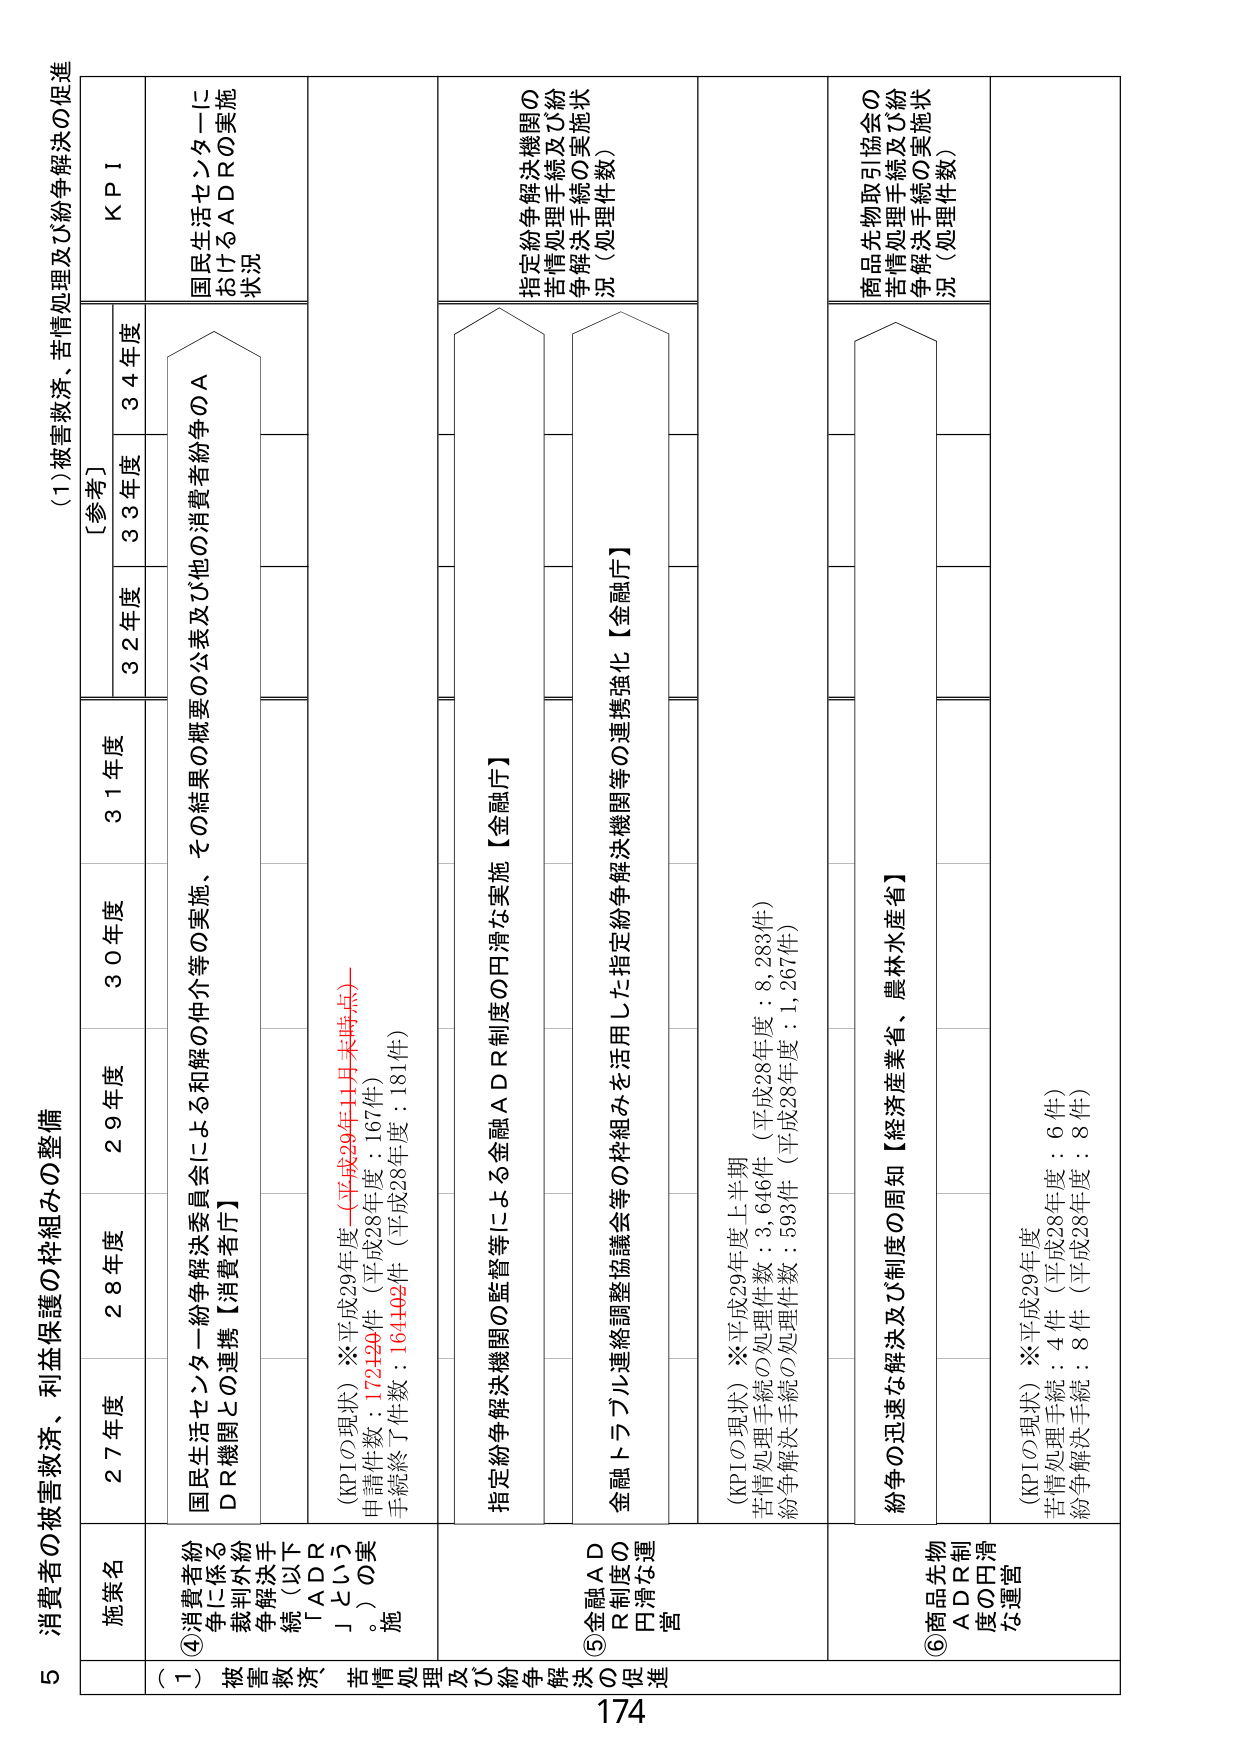
5 消費者の被害救済、利益保護の枠組みの整備

(1) 被害救済、苦情処理及び紛争解決の促進

施策名
27年度
28年度
29年度
30年度
31年度
[参考]
32年度
33年度
34年度
KPI

(一) 被害救済、苦情処理及び紛争解決の促進

④消費者紛争に係る裁判外紛争解決手続（以下「ADR」という。）の実施
国民生活センター紛争解決委員会による和解の仲介等の実施、その結果の概要の公表及び他の消費者紛争のADR機関との連携【消費者庁】
(KPIの現状) ※平成29年度（平成29年11月末時点）
申請件数：172,590件（平成28年度：167件）
手続終了件数：16,1402件（平成28年度：181件）

⑤金融ADR制度の円滑な運営
指定紛争解決機関の監督等による金融ADR制度の円滑な実施【金融庁】
指定紛争解決機関の苦情処理手続及び紛争解決手続の実施状況（処理件数）
金融トラブル連絡調整協議会等の枠組みを活用した指定紛争解決機関等の連携強化【金融庁】

⑥商品先物ADR制度の円滑な運営
紛争の迅速な解決及び制度の周知【経済産業省、農林水産省】
商品先物取引協会の苦情処理手続及び紛争解決手続の実施状況（処理件数）
(KPIの現状) ※平成29年度
苦情処理手続：4件（平成28年度：6件）
紛争解決手続：8件（平成28年度：8件）

(KPIの現状) ※平成29年度上半期
苦情処理手続の処理件数：3,646件（平成28年度：8,283件）
紛争解決手続の処理件数：593件（平成28年度：1,267件）

国民生活センターにおけるADRの実施状況

174